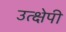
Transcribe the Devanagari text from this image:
उत्क्षेपी